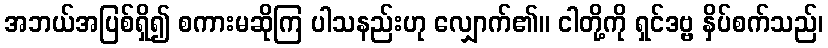
အဘယ်အပြစ်ရှိ၍ စကားမဆိုကြ ပါသနည်းဟု လျှောက်၏။ ငါတို့ကို ရှင်ဒဗ္ဗ နှိပ်စက်သည်၊